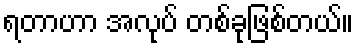
ရတာဟာ အလုပ် တစ်ခုဖြစ်တယ်။